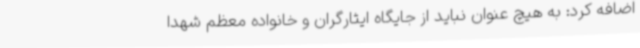
اضافه کرد: به هیچ عنوان نباید از جایگاه ایثارگران و خانواده معظم شهدا